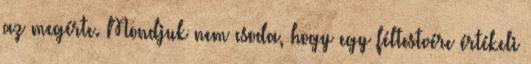
az megérte. Mondjuk nem csoda, hogy egy féltestvére értékeli